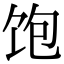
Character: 饱